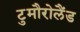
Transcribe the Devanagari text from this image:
टुमौरोलैंड